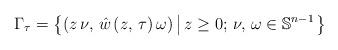
LaTeX: \begin{align*}\Gamma_{\tau}=\left\{ \left(z\,\nu,\,\hat{w}\left(z,\,\tau\right)\omega\right)\left|\,z\geq0;\,\nu,\,\omega\in\mathbb{S}^{n-1}\right.\right\} \end{align*}